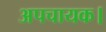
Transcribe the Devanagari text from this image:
अपचायक।